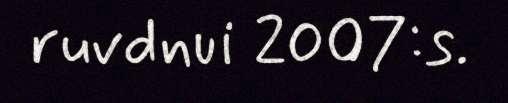
ruvdnui 2007:s.